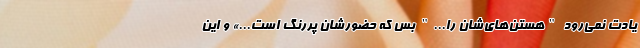
یادت نمی‌رود "هستن‌های‌شان را..." بس که حضورشان پررنگ است...» و این